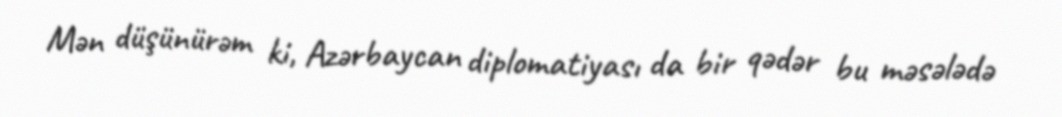
Mən düşünürəm ki, Azərbaycan diplomatiyası da bir qədər bu məsələdə